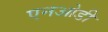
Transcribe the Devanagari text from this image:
एनओडी